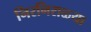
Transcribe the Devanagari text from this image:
निरनिराळ्या